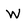
Character: W